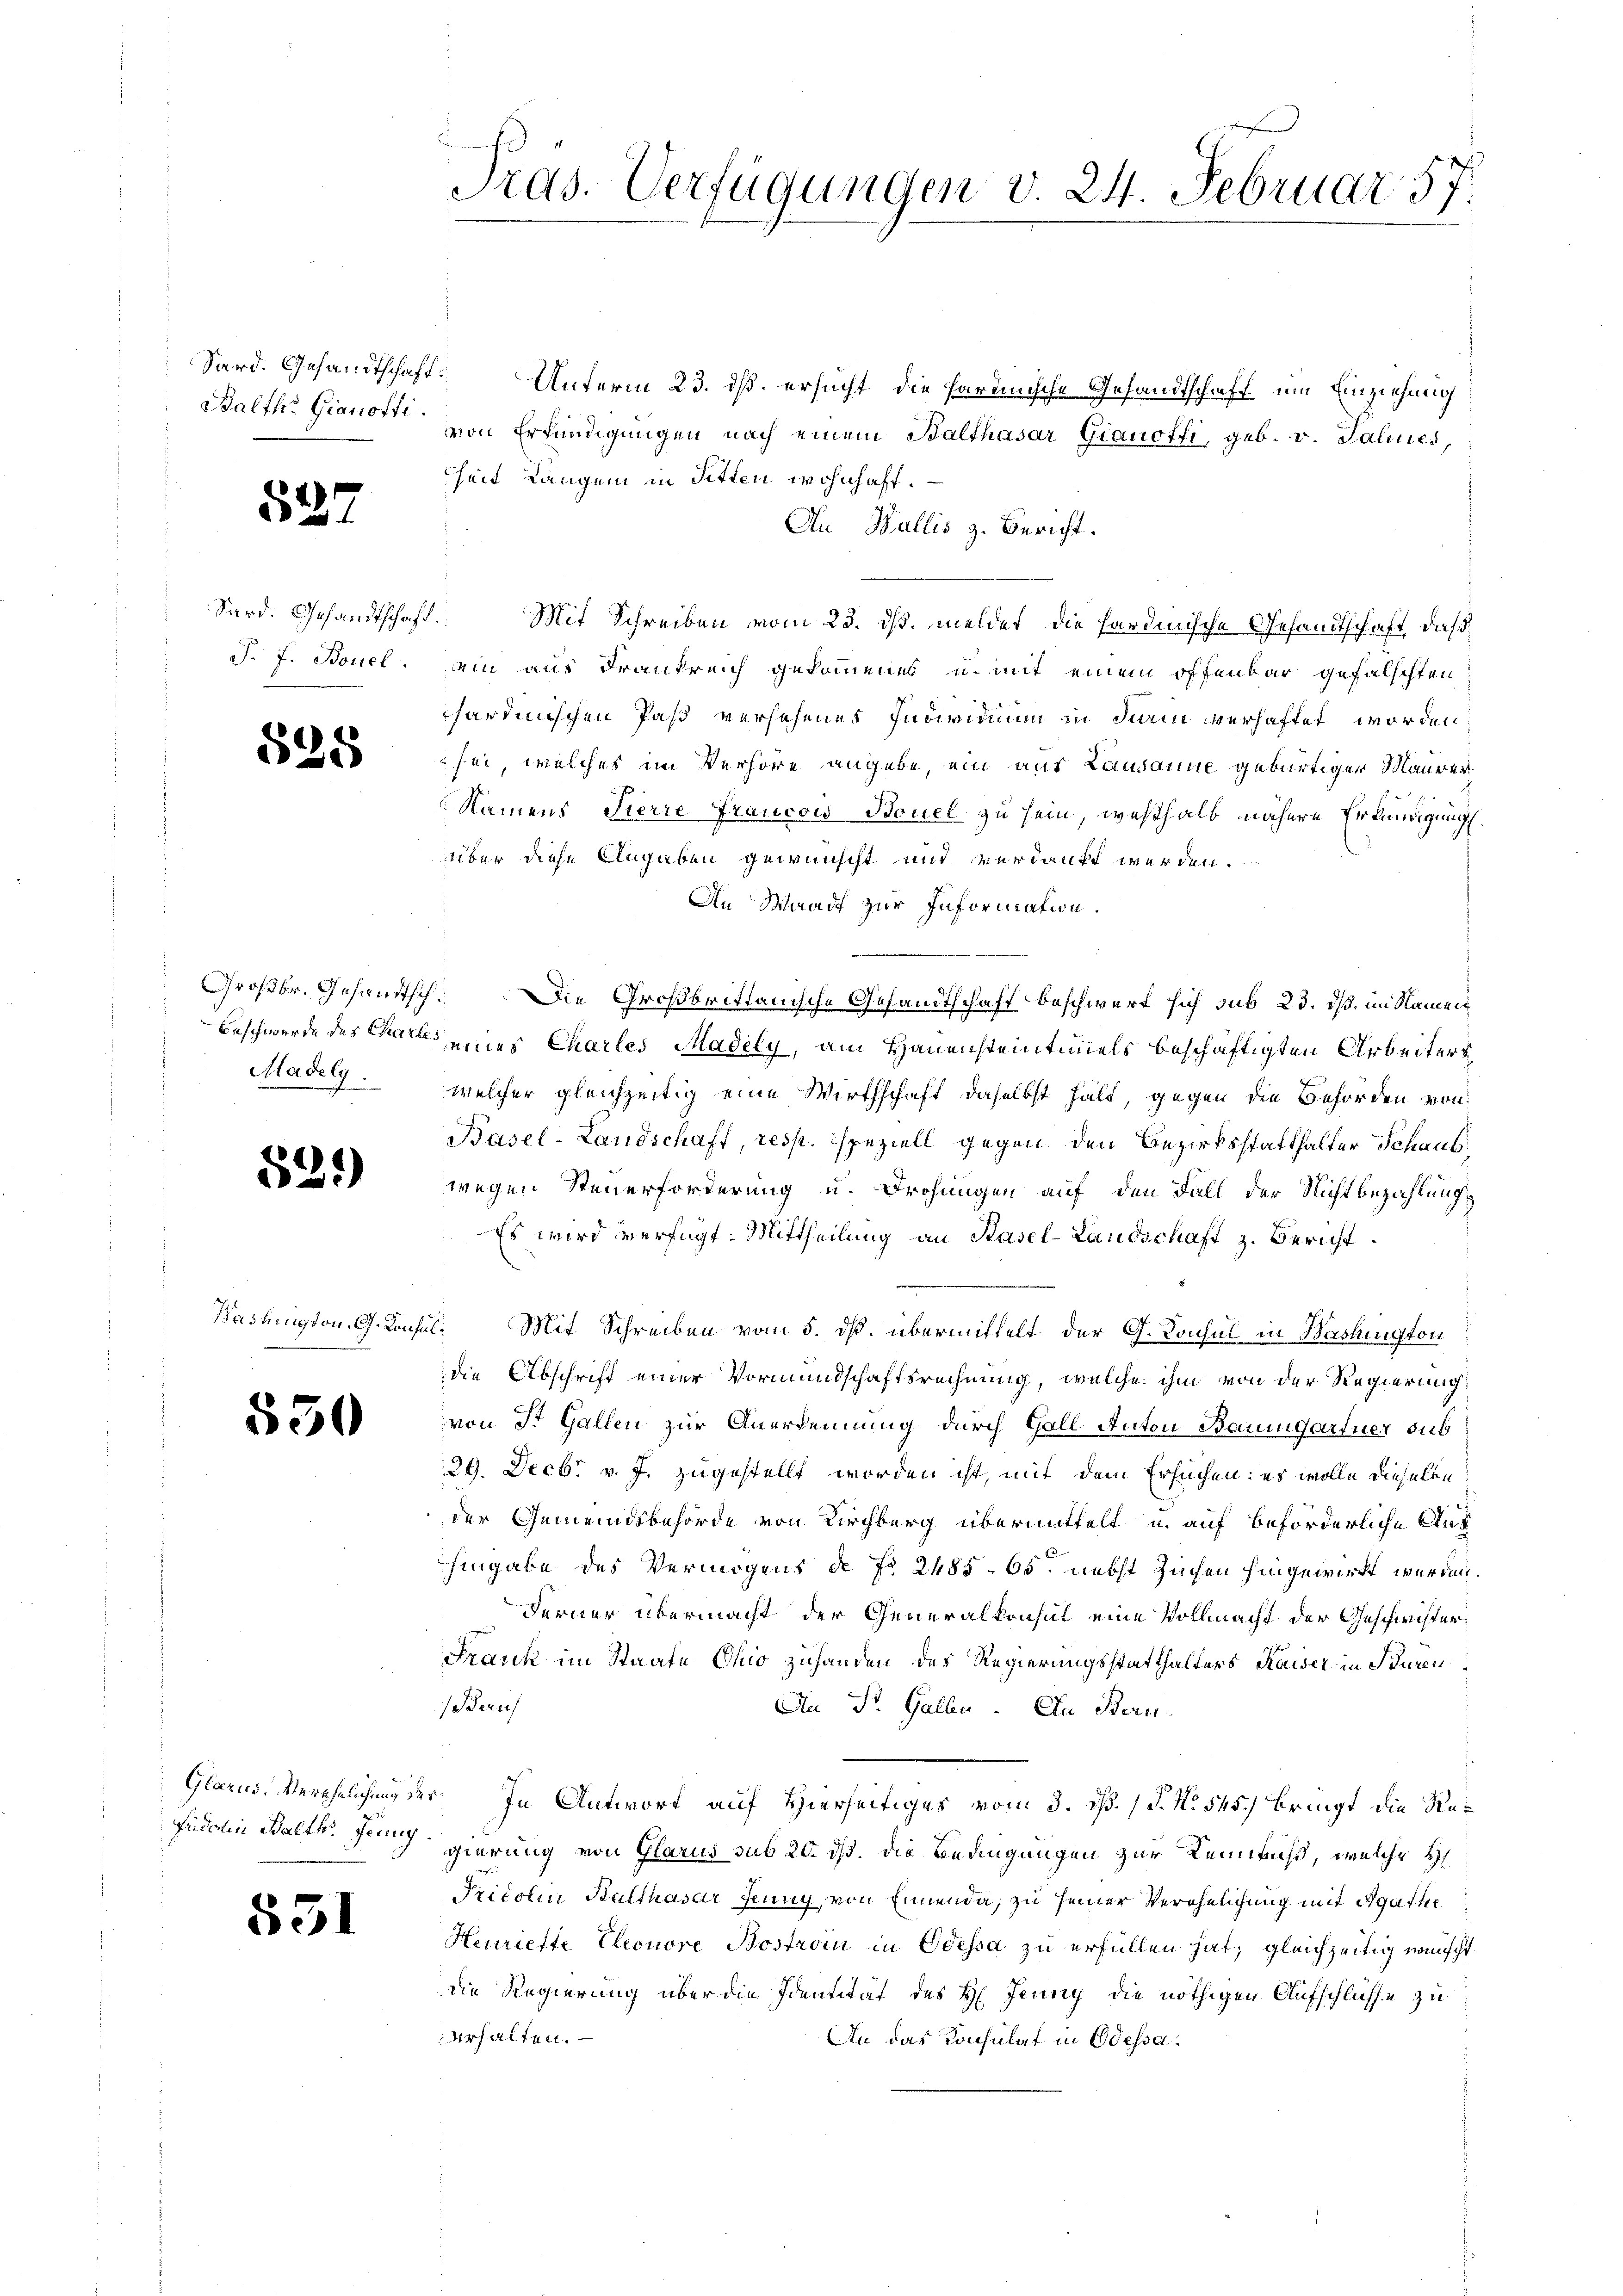
Balth. Gianoffi

527

J. J. Bonel.

528

Madely.

529)

Hadlington, G. Konsul¬

550

Fridolin Balth. Jenny

831

Sard. Gesandtschaft. Unterm 23. ds. ersucht die Parische Gesandtschaff um Einziehung
von Erfündigungen nach einem Balthasar Gianoffi, geb. v. Palines,
heit Längen in Sitten wohnhaft.
An Wallis z. Bericht.
Sard. Gesandtschaft. Mit Schreiben vom 23. ds. meldet die sardinische Gesandtschaft, daß
ein aus Frankreich gekommenes u. mit einem öffenbar gefalschten
sardinischen Paß versehenes Individuum in diarin verhaftet worden,
sei, welches im Verhöre angebe, ein aus Lausanne gebürtigen Maurer¬
Namens Fierre Francois Bouel zu sein, weshalb nähere Erländigungsüber diese Angaben gewünscht und verdankt werden.
An Waadt zur Information.
Großbr. Gesandtsch. Die Großbrittanische Gesandtschaft beschwert sich sub 23. dß. im Namen¬
Beschwerde des Chares eines Charles Madely, am Hauensteintimels beschäftigten Arbeiters
welcher gleichzeitig eine Wirthschaft daselbst hält, gegen die Behörden von
Basel-Landschaft, resp. speziell gegen den Bezirksstatthalter Schauswegen Steuerforderung u. Drohungen auf den Fall der Nichtbezahlung
Es wird verfügt: Mittheilung an Basel-Landschaft z. Bericht
Mit Schreiben vom 5. dß. übermittelt der G. Konsul in Washington
die Abschrift einer Vormundschaftsrechnung, welche ihm von der Regierung
von St. Gallen zur Anerkennung durch Gall Anton Baumgartner sub
29. Decbr. v. J. zugestellt worden ist, mit dem Ersuchen: es wolle dieselon
der Gemeindsbehörde von Kirchberg übermittelt u. auf beförderliche Auf
Eingabe des Vermögens de No 2485. 65. nebst Zuchen hingewirkt werden.
Ferner übermacht der Generalkonsul eine Vollmacht der Geschwister¬
Frank im Staate Chio zuhanden des Regierungsstatthalters Kaiser in Büren¬
Beruf
An St. Gallen. In Bern.
Glarus, Verehelichung der In Antwort auf Hierseitiges vom 3. d. J. No. 545.) bringt die Regierung von Glarus sub 20. dß. Die Bedingungen zur Kenntnuß, welche H
Pritorin Balthasar Jenny von Ennenda, zu seiner Verehelichung mit Agathe
Henriette Eleonore Bostroin in Odessa zu erfüllen hat; gleichzeitig wünscht
die Regierung über die Identität des H. Jenny die nöthigen Aufschlüsse zu
erhalten.
An das Konsulat in Odessa¬

Pras. Verfügungen v. 24. Februar 57.